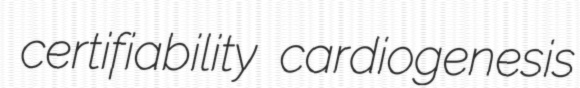
certifiability cardiogenesis